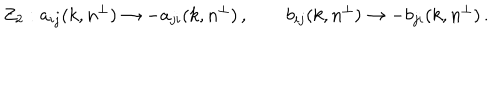
LaTeX: Z _ { 2 } : a _ { i j } ( k , n ^ { \perp } ) \rightarrow - a _ { j i } ( k , n ^ { \perp } ) \, , \qquad b _ { i j } ( k , n ^ { \perp } ) \rightarrow - b _ { j i } ( k , n ^ { \perp } ) \, .